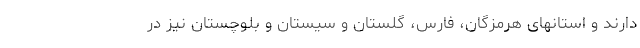
دارند و استانهای هرمزگان، فارس، گلستان و سیستان و بلوچستان نیز در